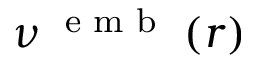
\nu ^ { \textrm { { e m b } } } ( r )